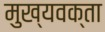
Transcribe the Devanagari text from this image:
मुख्यवक्ता